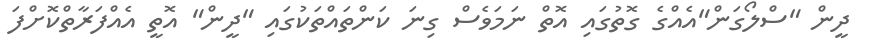
ދީން "ސްލޯގަން"އެއްގެ ގޮތުގައި އޮތް ނަމަވެސް ގިނަ ކަންތައްތަކުގައި "ދީން" އޮތީ އެއްފަރާތްކޮށްފަ